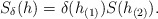
\begin{align*}S_{\delta}(h)=\delta(h_{(1)})S(h_{(2)}).\end{align*}